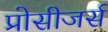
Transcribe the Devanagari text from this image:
प्रोसीजर्स